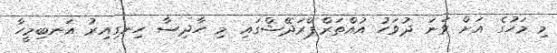
މި މަހުގެ އަށް ވަނަ ދުވަހު އުއްތަރްޕްރަދޭޝްގައި މި ހާދިސާ ހިނގިއިރު އަނބިމީހާ